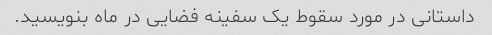
داستانی در مورد سقوط یک سفینه فضایی در ماه بنویسید.